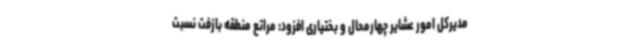
مدیرکل امور عشایر چهارمحال و بختیاری افزود: مراتع منطقه بازفت نسبت